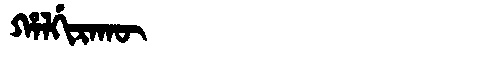
Manchu: ᡥᠠᠯᡤᡳᡵᠠᡴᡡ
Romanization: HALGIRAKŪ